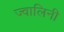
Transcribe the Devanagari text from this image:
ज्वालिनी